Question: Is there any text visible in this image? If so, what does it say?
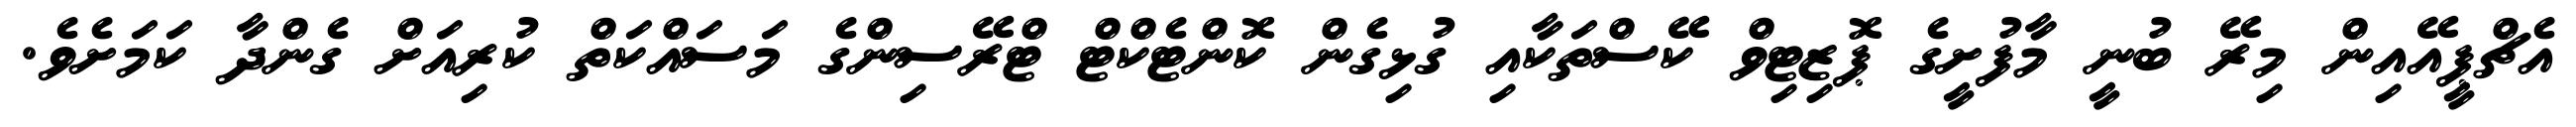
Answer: އެޗްޕީއޭއިން މިރޭ ބުނީ މާފުށީގެ ޕޮޒިޓިވް ކޭސްތަކާއި ގުޅިގެން ކޮންޓެކްޓް ޓްރޭސިންގެ މަސައްކަތް ކުރިއަށް ގެންދާ ކަމަށެވެ.